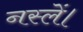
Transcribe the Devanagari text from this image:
नस्लें।